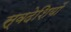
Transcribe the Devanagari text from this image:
स्वदेशियों